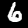
Digit: 6